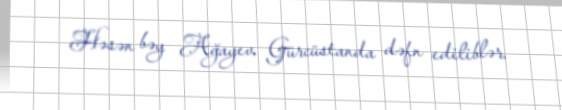
Həsən bəy Ağayev Gürcüstanda dəfn ediliblər.